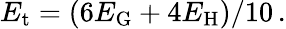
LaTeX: E_{\mathrm{t}}=(6E_{\mathrm{G}}+4E_{\mathrm{H}})/10\, .